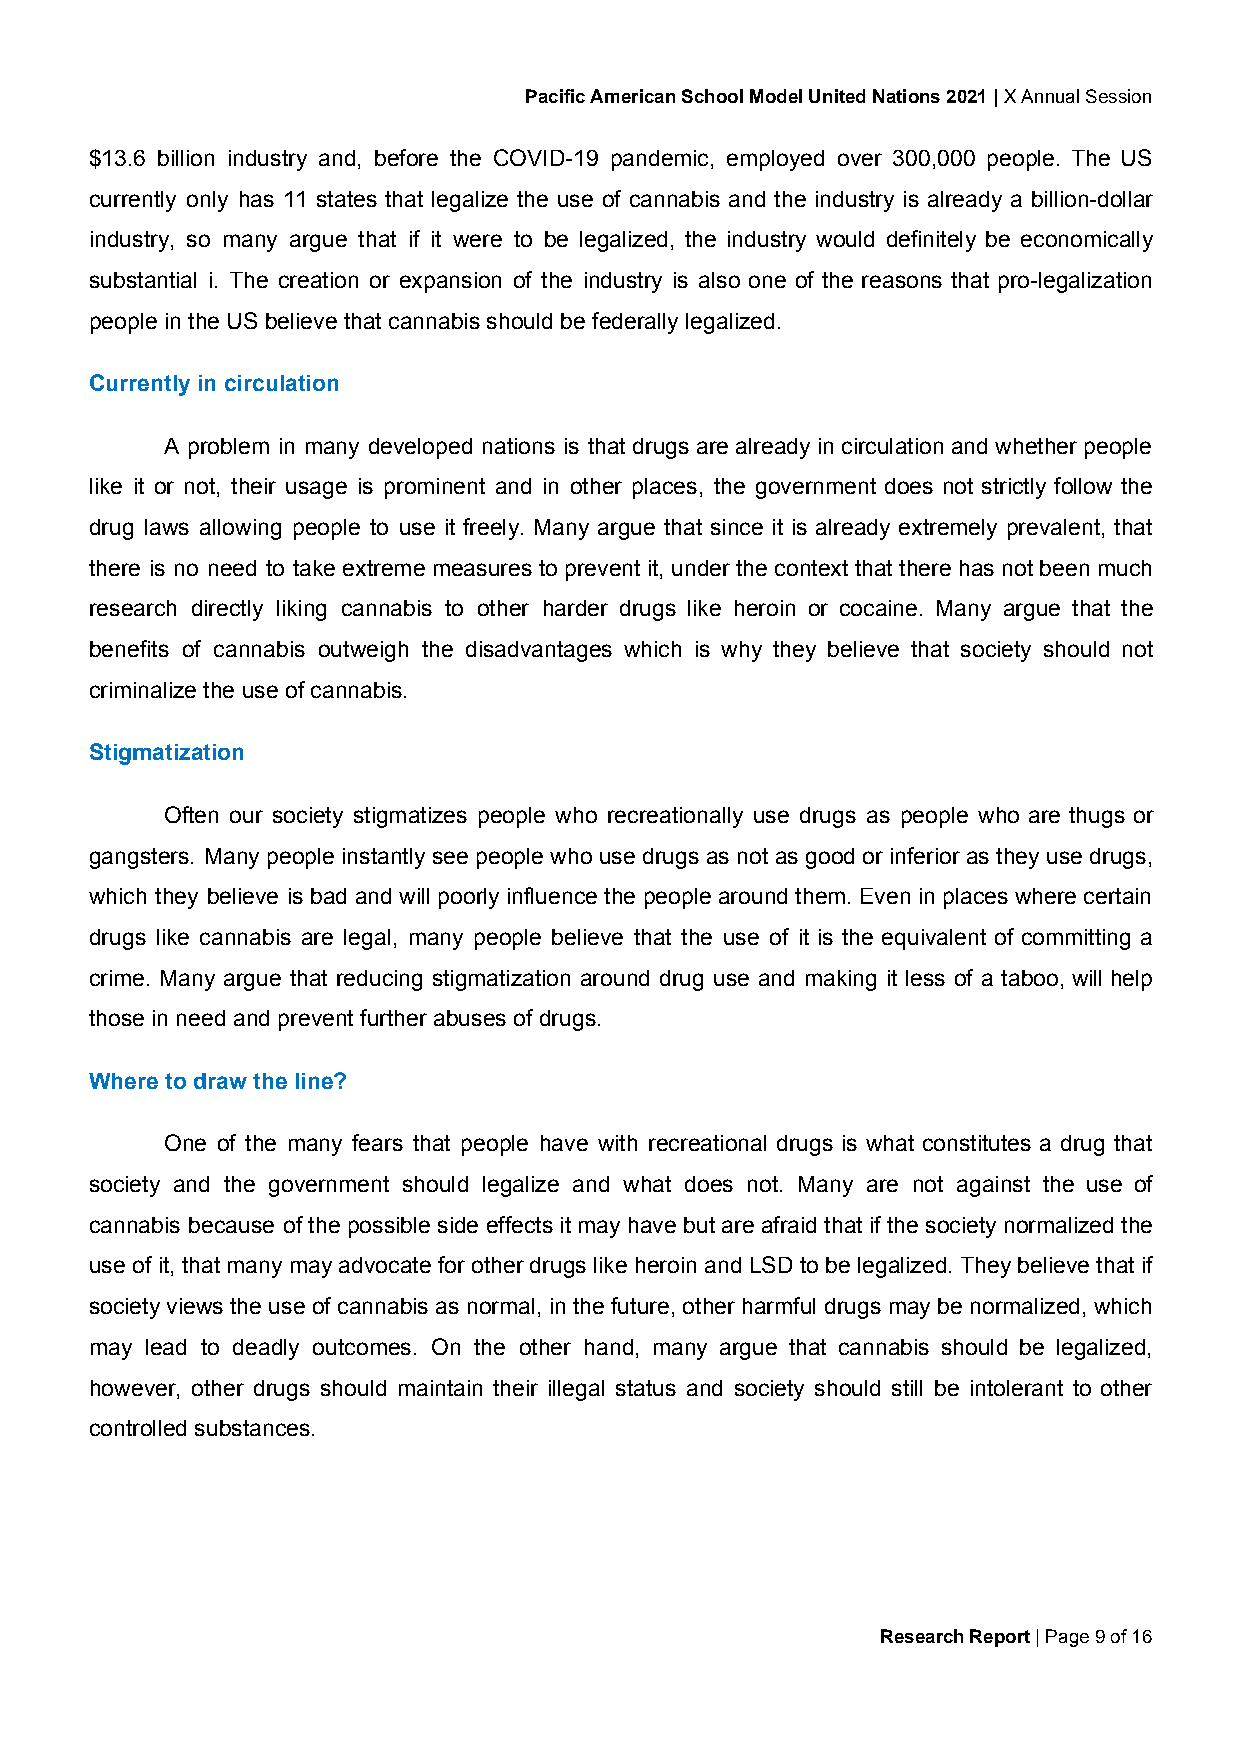
Pacific American School Model United Nations 2021 | X Annual Session
 ​
 $13.6 billion industry and, before the COVID-19 pandemic, employed over 300,000 people. The US
 currently only has 11 states that legalize the use of cannabis and the industry is already a billion-dollar
 industry, so many argue that if it were to be legalized, the industry would definitely be economically
 substantial i. The creation or expansion of the industry is also one of the reasons that pro-legalization
 people in the US believe that cannabis should be federally legalized.
 Currently in circulation
 A problem in many developed nations is that drugs are already in circulation and whether people
 like it or not, their usage is prominent and in other places, the government does not strictly follow the
 drug laws allowing people to use it freely. Many argue that since it is already extremely prevalent, that
 there is no need to take extreme measures to prevent it, under the context that there has not been much
 research directly liking cannabis to other harder drugs like heroin or cocaine. Many argue that the
 benefits of cannabis outweigh the disadvantages which is why they believe that society should not
 criminalize the use of cannabis.
 Stigmatization
 Often our society stigmatizes people who recreationally use drugs as people who are thugs or
 gangsters. Many people instantly see people who use drugs as not as good or inferior as they use drugs,
 which they believe is bad and will poorly influence the people around them. Even in places where certain
 drugs like cannabis are legal, many people believe that the use of it is the equivalent of committing a
 crime. Many argue that reducing stigmatization around drug use and making it less of a taboo, will help
 those in need and prevent further abuses of drugs.
 Where to draw the line?
 One of the many fears that people have with recreational drugs is what constitutes a drug that
 society and the government should legalize and what does not. Many are not against the use of
 cannabis because of the possible side effects it may have but are afraid that if the society normalized the
 use of it, that many may advocate for other drugs like heroin and LSD to be legalized. They believe that if
 society views the use of cannabis as normal, in the future, other harmful drugs may be normalized, which
 may lead to deadly outcomes. On the other hand, many argue that cannabis should be legalized,
 however, other drugs should maintain their illegal status and society should still be intolerant to other
 controlled substances.
 Research Report | Page 9 of 16
 ​